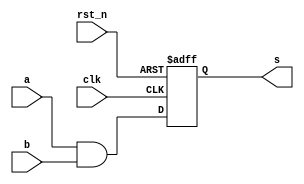
module and_gate1 (
	input clk,    // Clock
	input  a,
	input rst_n,  // Asynchronous reset active low
	input  b,
	output reg s
);

always @ (posedge clk or negedge rst_n)
	begin
	if(!rst_n)
		begin 
			s <= 0;
		end
	else
		begin 
			s <= a && b;
		end
	end

endmodule





// module and_gate1(clk,rst_n,a,b,s);
// 	input clk;  //50KHz
// 	input rst_n;   //
// 	input a;
// 	input b;
// 	output reg s;  //
	
// 	always @ (posedge clk or negedge rst_n)
// 	begin
// 	if(!rst_n)
// 		begin 
// 			s <= 0;
// 		end
// 	else
// 		begin 
// 			s <= a && b;
// 		end
// 	end

// endmodule